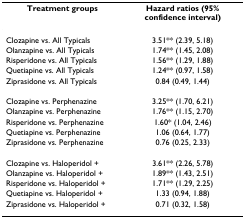
| Treatment groups | Hazard ratios (95% confidence interval) |
 | --- | --- |
 | Clozapine vs. All Typicals | 3.51** (2.39, 5.18) |
 | Olanzapine vs. All Typicals | 1.74** (1.45, 2.08) |
 | Risperidone vs. All Typicals | 1.56** (1.29, 1.88) |
 | Quetiapine vs. All Typicals | 1.24** (0.97, 1.58) |
 | Ziprasidone vs. All Typicals | 0.84 (0.49, 1.44) |
 | Clozapine vs. Perphenazine | 3.25** (1.70, 6.21) |
 | Olanzapine vs. Perphenazine | 1.76** (1.15, 2.70) |
 | Risperidone vs. Perphenazine | 1.60* (1.04, 2.46) |
 | Quetiapine vs. Perphenazine | 1.06 (0.64, 1.77) |
 | Ziprasidone vs. Perphenazine | 0.76 (0.25, 2.33) |
 | Clozapine vs. Haloperidol + | 3.61** (2.26, 5.78) |
 | Olanzapine vs. Haloperidol + | 1.89** (1.43, 2.51) |
 | Risperidone vs. Haloperidol + | 1.71** (1.29, 2.25) |
 | Quetiapine vs. Haloperidol + | 1.33 (0.94, 1.88) |
 | Ziprasidone vs. Haloperidol + | 0.71 (0.32, 1.58) |